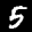
Label: 5